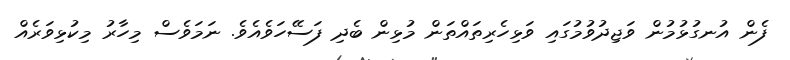
ފެން އުނގުޅުމުން ވަޖިދުވުމުގައި ވަޅިހެރިތައްތަން މުޅިން ބެދި ފަސޭހަވެއެވެ. ނަމަވެސް މިހާރު މިކުޅިވަރެއް